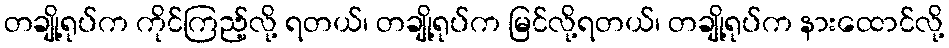
တချို့ရုပ်က ကိုင်ကြည့်လို့ ရတယ်၊ တချို့ရုပ်က မြင်လို့ရတယ်၊ တချို့ရုပ်က နားထောင်လို့